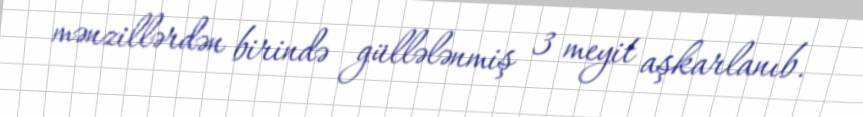
mənzillərdən birində güllələnmiş 3 meyit aşkarlanıb.